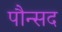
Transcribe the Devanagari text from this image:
पौन्सद